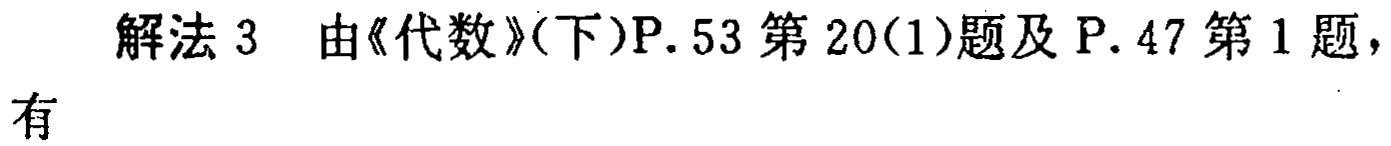
解法 3 由《代数》(下)P. 53 第 20(1)题及 P. 47 第 1 题，有